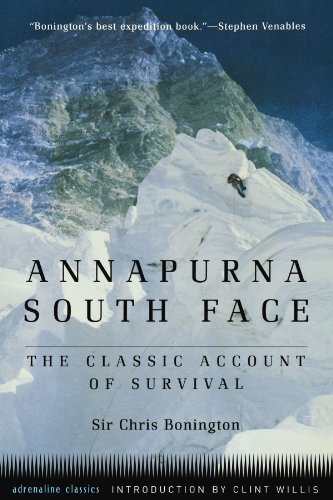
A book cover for Annapurna South Face: The Classic Account of Survival (Adrenaline); Sir Chris Bonington  C.B.E.; Travel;